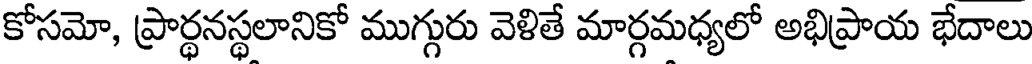
కోసమో, ప్రార్థనస్థలానికో ముగ్గురు వెళితే మార్గమధ్యలో అభిప్రాయ భేదాలు